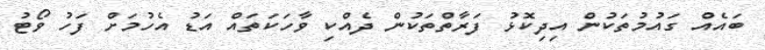
ބައެއް ގައުމުތަކުން އިދިކޮޅު ފަރާތްތަކުން ދެއްކި ވާހަކަތައް އަޑު އެހުމަށް ފަހު ވޯޓު